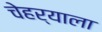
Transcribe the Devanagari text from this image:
चेहर्‍याला